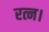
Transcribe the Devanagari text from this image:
रत्न।